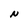
Character: N